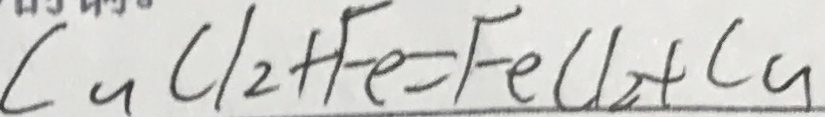
C u C l _ { 2 } + F e = F e C l _ { 2 } + C u